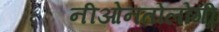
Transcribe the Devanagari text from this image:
नीओनतोलोगी